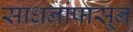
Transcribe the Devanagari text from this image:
साधनांपासून